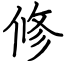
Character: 修